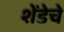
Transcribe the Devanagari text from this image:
शेंडेचे